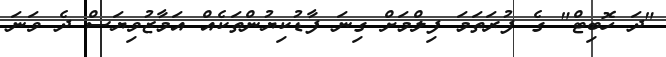
"ދަ ހޮބިޓް" ގެ ފުރަތަމަ ފިލްމަށް ގިނަ ފާޑުކިޔުންތަކެއް އަމާޒުވިޔަސް ދެ ވަނަ